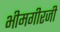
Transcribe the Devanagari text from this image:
भीमगीरजी